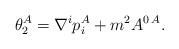
LaTeX: \begin{align*} \theta^A_2 =\nabla^i p_i^A +m^2A^{0\, A}.\end{align*}